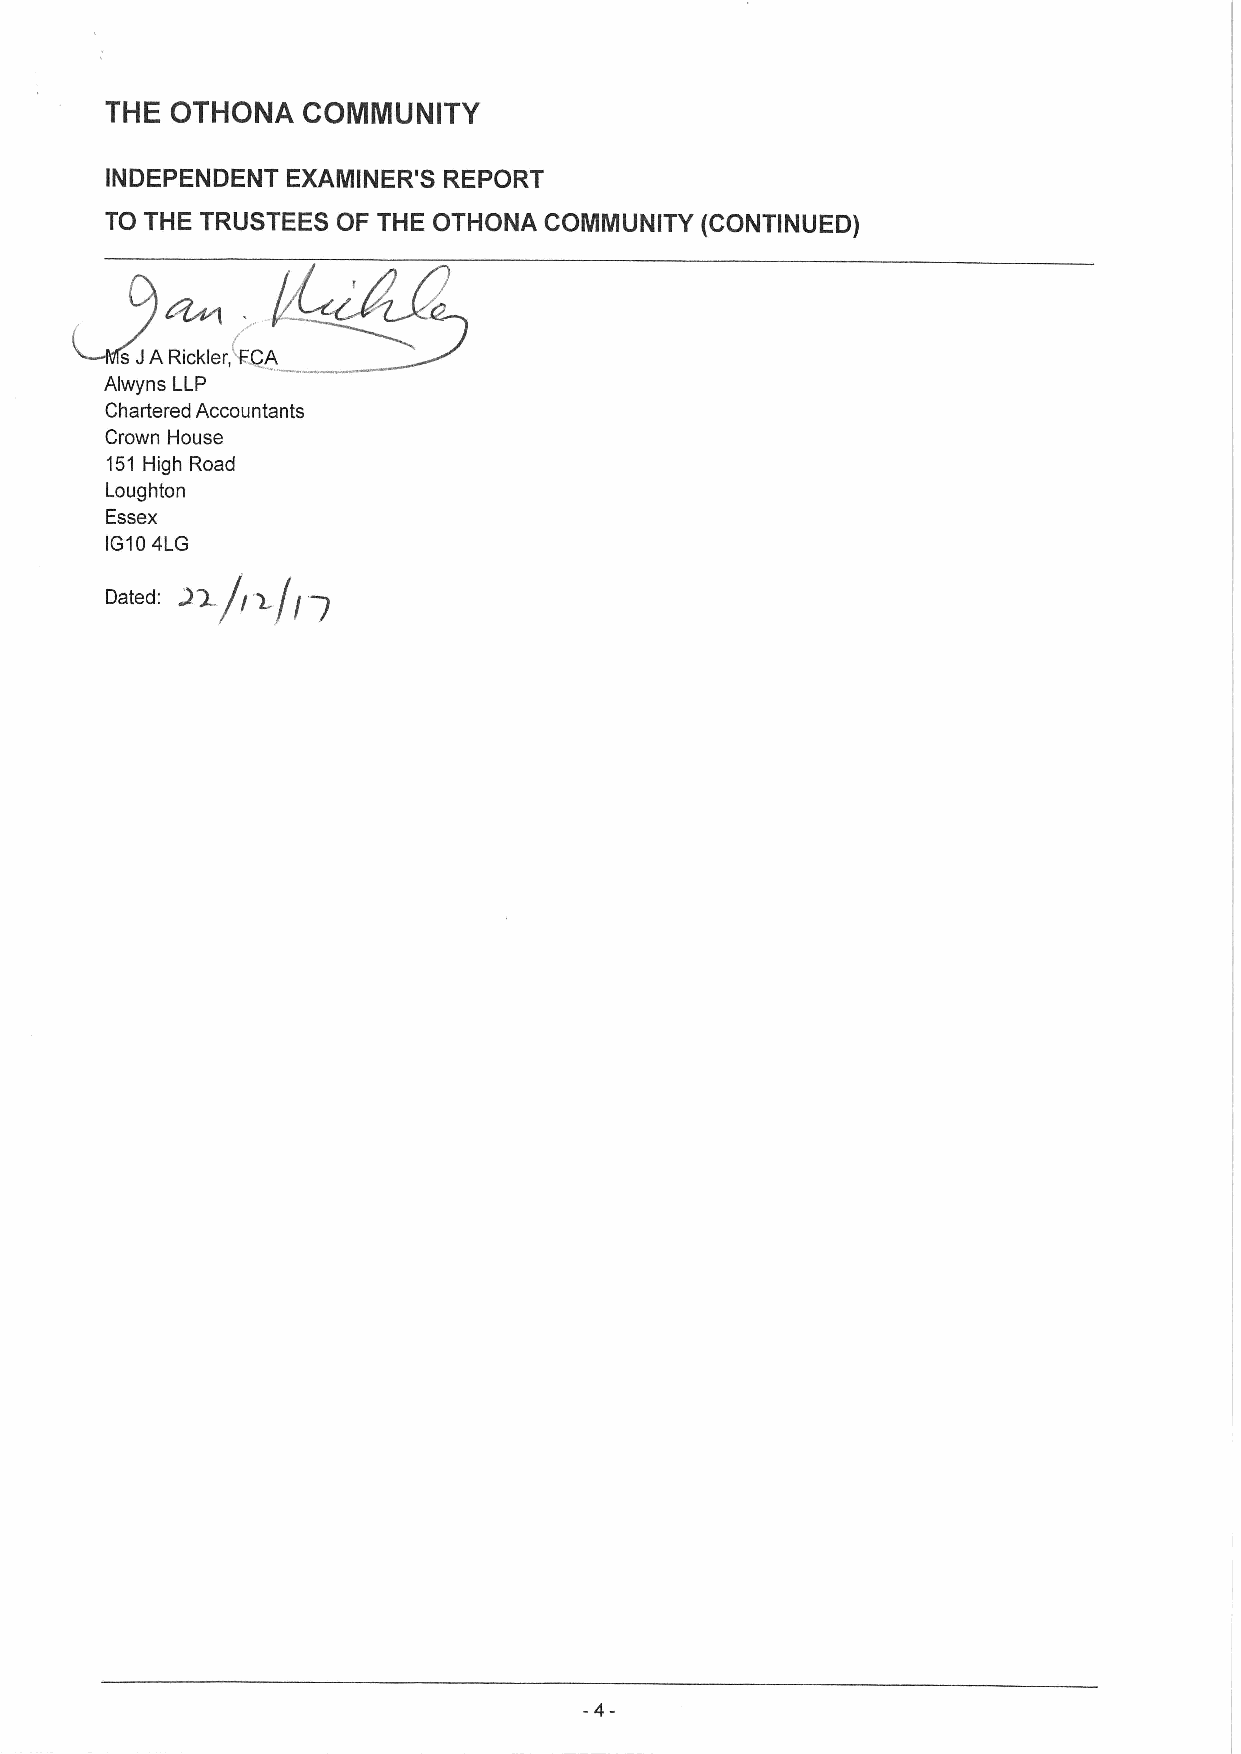
THE OTHONA   COMMUNITY
 INDEPENDENT EXAMINER'S REPORT
 TO THE TRUSTEES OF THE OTHONA COMMUNITY (CONTINUED)
 s JA Rickler, FgA
 Alwyns LLP
 Chartered Accountants
 Crown House
 151 High Road
 Loughton
 Essex
 IG104LG
 Dated: 3Q/~ y/~ g